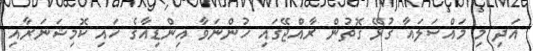
އަދި މި މައްސަލައާ ގުޅޭ ގޮތުން ރާއްޖޭގައި ހުންނަވާ އިންޑިއާގެ ހައި ކޮމިޝަނަރާއި